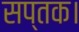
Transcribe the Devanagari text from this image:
सप्तक।